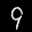
Label: 9